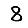
Digit: 8